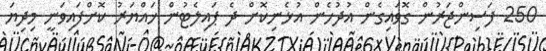
250 ފަސިންޖަރުން ގޮވައިގެން އުދުހެން އުޅެނިކޮށް ދެ ޕައިލެޓުން ހައްޔަރު ކޮށްފައިވަނީ މިދިޔަ